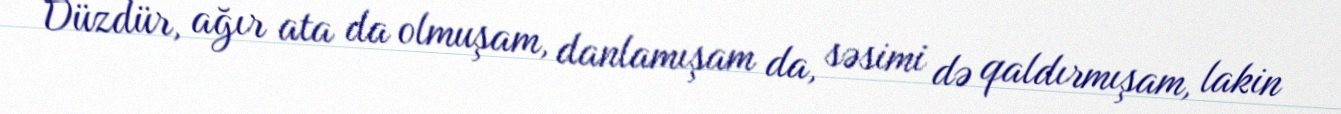
Düzdür, ağır ata da olmuşam, danlamışam da, səsimi də qaldırmışam, lakin